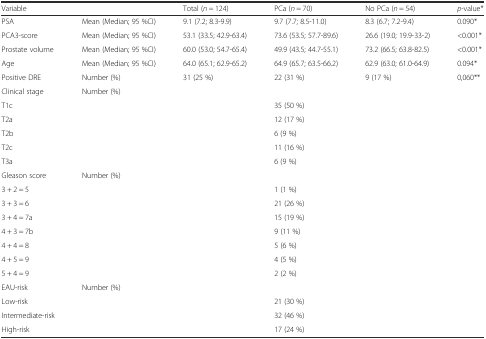
<table><thead><tr><td><b>Variable</b></td><td></td><td><b>Total (<i>n</i> = 124)</b></td><td><b>PCa (<i>n</i> = 70)</b></td><td><b>No PCa (<i>n</i> = 54)</b></td><td><b><i>p</i>-value*</b></td></tr></thead><tbody><tr><td>PSA</td><td>Mean (Median; 95 %CI)</td><td>9.1 (7.2; 8.3-9.9)</td><td>9.7 (7.7; 8.5-11.0)</td><td>8.3 (6.7; 7.2-9.4)</td><td>0.090*</td></tr><tr><td>PCA3-score</td><td>Mean (Median; 95 %CI)</td><td>53.1 (33.5; 42.9-63.4)</td><td>73.6 (53.5; 57.7-89.6)</td><td>26.6 (19.0; 19.9-33-2)</td><td>&lt;0.001*</td></tr><tr><td>Prostate volume</td><td>Mean (Median; 95 %CI)</td><td>60.0 (53.0; 54.7-65.4)</td><td>49.9 (43.5; 44.7-55.1)</td><td>73.2 (66.5; 63.8-82.5)</td><td>&lt;0.001*</td></tr><tr><td>Age</td><td>Mean (Median; 95 %CI)</td><td>64.0 (65.1; 62.9-65.2)</td><td>64.9 (65.7; 63.5-66.2)</td><td>62.9 (63.0; 61.0-64.9)</td><td>0.094*</td></tr><tr><td>Positive DRE</td><td>Number (%)</td><td>31 (25 %)</td><td>22 (31 %)</td><td>9 (17 %)</td><td>0,060**</td></tr><tr><td>Clinical stage</td><td>Number (%)</td><td></td><td></td><td></td><td></td></tr><tr><td>T1c</td><td></td><td></td><td>35 (50 %)</td><td></td><td></td></tr><tr><td>T2a</td><td></td><td></td><td>12 (17 %)</td><td></td><td></td></tr><tr><td>T2b</td><td></td><td></td><td>6 (9 %)</td><td></td><td></td></tr><tr><td>T2c</td><td></td><td></td><td>11 (16 %)</td><td></td><td></td></tr><tr><td>T3a</td><td></td><td></td><td>6 (9 %)</td><td></td><td></td></tr><tr><td>Gleason score</td><td>Number (%)</td><td></td><td></td><td></td><td></td></tr><tr><td>3 + 2 = 5</td><td></td><td></td><td>1 (1 %)</td><td></td><td></td></tr><tr><td>3 + 3 = 6</td><td></td><td></td><td>21 (26 %)</td><td></td><td></td></tr><tr><td>3 + 4 = 7a</td><td></td><td></td><td>15 (19 %)</td><td></td><td></td></tr><tr><td>4 + 3 = 7b</td><td></td><td></td><td>9 (11 %)</td><td></td><td></td></tr><tr><td>4 + 4 = 8</td><td></td><td></td><td>5 (6 %)</td><td></td><td></td></tr><tr><td>4 + 5 = 9</td><td></td><td></td><td>4 (5 %)</td><td></td><td></td></tr><tr><td>5 + 4 = 9</td><td></td><td></td><td>2 (2 %)</td><td></td><td></td></tr><tr><td>EAU-risk</td><td>Number (%)</td><td></td><td></td><td></td><td></td></tr><tr><td>Low-risk</td><td></td><td></td><td>21 (30 %)</td><td></td><td></td></tr><tr><td>Intermediate-risk</td><td></td><td></td><td>32 (46 %)</td><td></td><td></td></tr><tr><td>High-risk</td><td></td><td></td><td>17 (24 %)</td><td></td><td></td></tr></tbody></table>